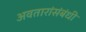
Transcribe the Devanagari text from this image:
अवतारांसंबंधी